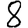
Digit: 8